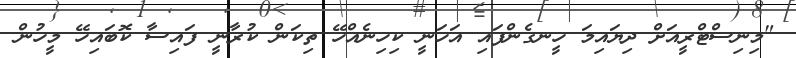
"މިނިސްޓްރީއަށް ދިޔައިމަ ހީނގެންފައި އަހަނީ ކިހިނެއްހޭ ތިކަން ކުރާނީ ފައިސާ ކޮބައިހޭ މީހުން